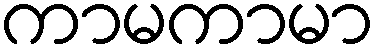
ကာမကာမာ